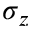
\sigma _ { z }